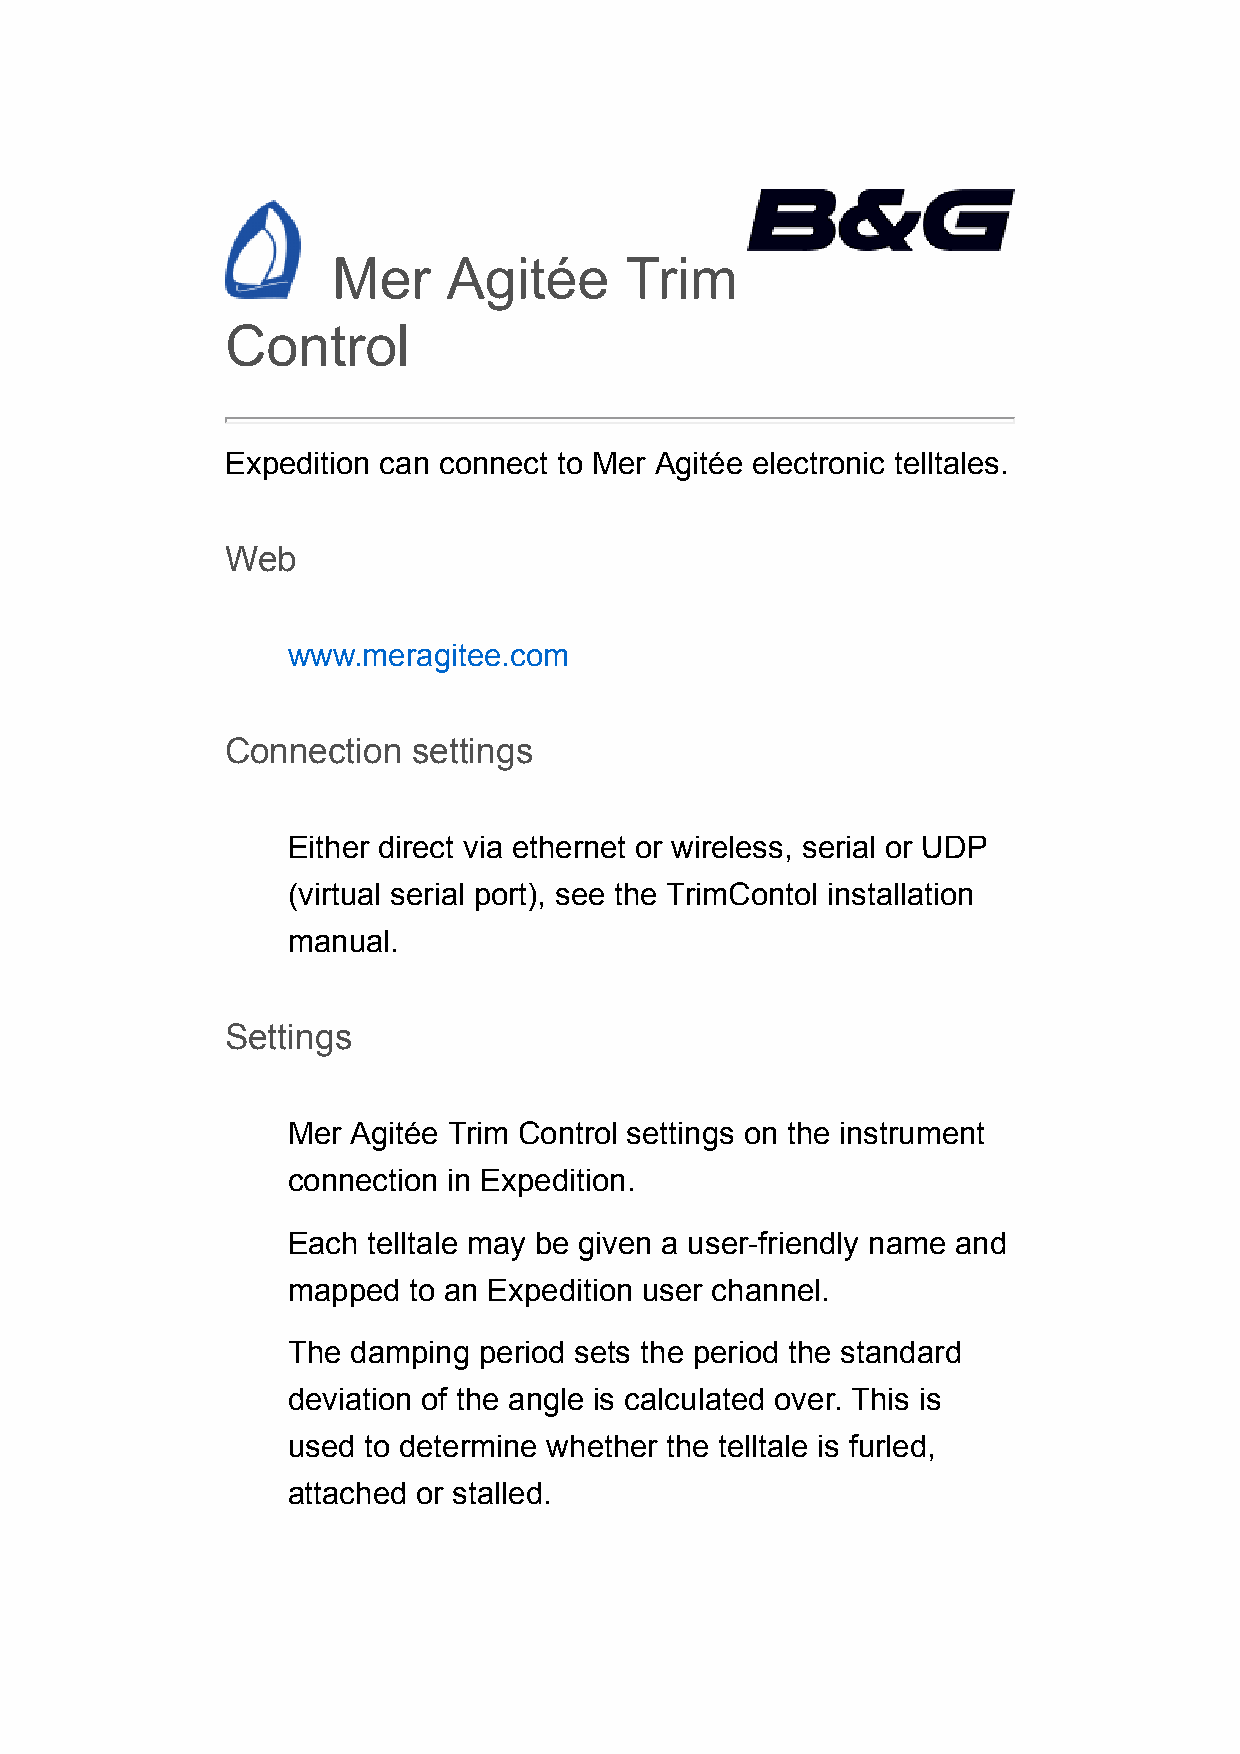
Mer     Agitée     Trim
 Control
 Expedition can connect to Mer Agitée electronic telltales.
 Web
 www.meragitee.com
 Connection  settings
 Either direct via ethernet or wireless, serial or UDP
 (virtual serial port), see the TrimContol installation
 manual.
 Settings
 Mer Agitée Trim Control settings on the instrument
 connection in Expedition.
 Each telltale may be given a user-friendly name and
 mapped  to an Expedition user channel.
 The damping  period sets the period the standard
 deviation of the angle is calculated over. This is
 used to determine whether the telltale is furled,
 attached or stalled.